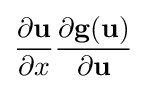
{\frac {\partial \mathbf {u} }{\partial x}}{\frac {\partial \mathbf {g} (\mathbf {u} )}{\partial \mathbf {u} }}